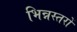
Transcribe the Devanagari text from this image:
भिन्नस्तरों